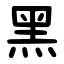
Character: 黑